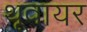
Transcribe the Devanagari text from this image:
थूवायर